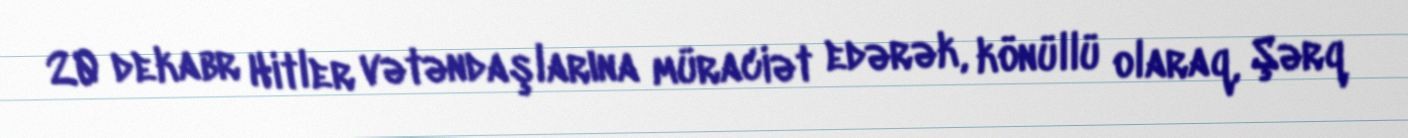
20 dekabr Hitler vətəndaşlarına müraciət edərək, könüllü olaraq, Şərq